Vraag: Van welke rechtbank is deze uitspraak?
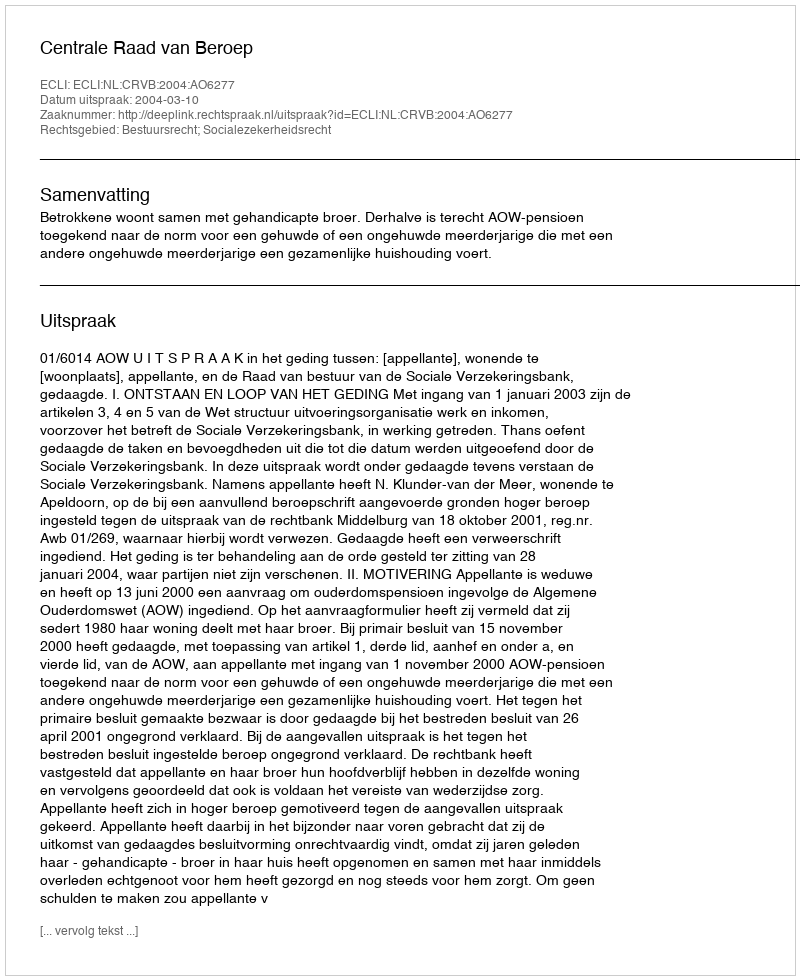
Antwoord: Centrale Raad van Beroep